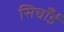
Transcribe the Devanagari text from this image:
सिचाँई